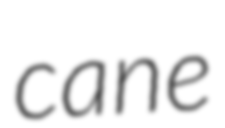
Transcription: cane